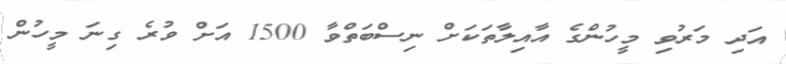
އަދި މަރުވި މީހުންގެ އާއިލާތަކަށް ނިސްބަތްވާ 1500 އަށް ވުރެ ގިނަ މީހުން